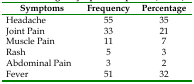
<table><thead><tr><td><b>Symptoms</b></td><td><b>Frequency</b></td><td><b>Percentage</b></td></tr></thead><tbody><tr><td>Headache</td><td>55</td><td>35</td></tr><tr><td>Joint Pain</td><td>33</td><td>21</td></tr><tr><td>Muscle Pain</td><td>11</td><td>7</td></tr><tr><td>Rash</td><td>5</td><td>3</td></tr><tr><td>Abdominal Pain</td><td>3</td><td>2</td></tr><tr><td>Fever</td><td>51</td><td>32</td></tr></tbody></table>